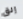
إلق